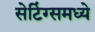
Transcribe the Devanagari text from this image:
सेटिंग्समध्ये